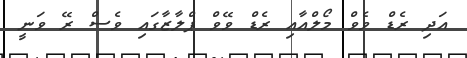
އަދި ރެޑް ވެވް މޯލްއާއި ރެޑް ވޭވް ޕްލާޒާގައި ވެސް ރޭ ވަނީ